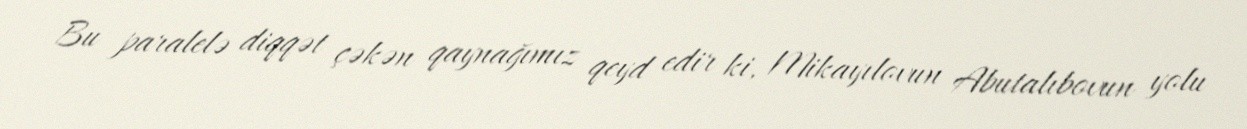
Bu paralelə diqqət çəkən qaynağımız qeyd edir ki, Mikayılovun Abutalıbovun yolu